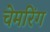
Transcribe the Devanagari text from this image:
चेमरिंग